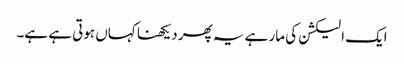
ایک الیکشن کی مار ہے یہ پھر دیکھنا کہاں ہوتی ہے ہے۔